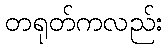
တရုတ်ကလည်း